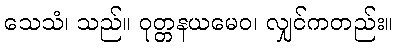
သေသံ၊ သည်။ ဝုတ္တနယမေဝ၊ လျှင်ကတည်း။